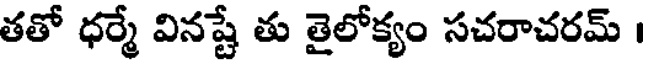
తతో ధర్మే వినష్టే తు తైలోక్యం సచరాచరమ్ ।